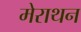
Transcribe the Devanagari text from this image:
मेराथन